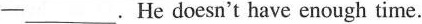
- ___ .He doesn't have enough time.